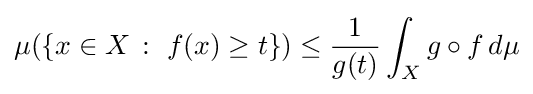
\mu (\{x\in X\,:\,\,f(x)\geq t\})\leq {1 \over g(t)}\int _{X}g\circ f\,d\mu